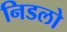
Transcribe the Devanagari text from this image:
निडलो